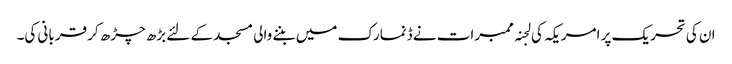
ان کی تحریک پر امریکہ کی لجنہ ممبرات نے ڈنمارک میں بننے والی مسجد کے لئے بڑھ چڑھ کر قربانی کی۔